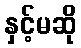
နှင့်မဆို